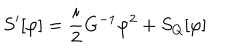
S ^ { \prime } [ \varphi ] = { \frac { i } { 2 } } G ^ { - 1 } \varphi ^ { 2 } + S _ { Q } [ \varphi ]